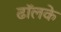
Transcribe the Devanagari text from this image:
ढॉलके